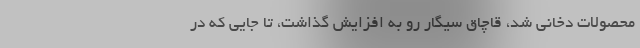
محصولات دخانی شد، قاچاق سیگار رو به افزایش گذاشت، ‌تا جایی که در